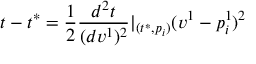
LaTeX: t - t ^ { * } = \frac 1 2 \frac { d ^ { 2 } t } { ( d v ^ { 1 } ) ^ { 2 } } | _ { ( t ^ { * } , p _ { i } ) } ( v ^ { 1 } - p _ { i } ^ { 1 } ) ^ { 2 }